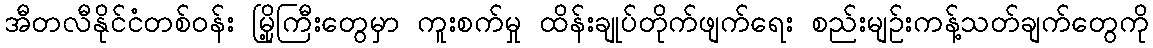
အီတလီနိုင်ငံတစ်ဝန်း မြို့ကြီးတွေမှာ ကူးစက်မှု ထိန်းချုပ်တိုက်ဖျက်ရေး စည်းမျဥ်းကန့်သတ်ချက်တွေကို